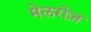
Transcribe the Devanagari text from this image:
मेलरोज़